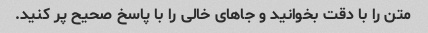
متن را با دقت بخوانید و جاهای خالی را با پاسخ صحیح پر کنید.